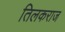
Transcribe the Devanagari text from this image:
तिलकराज